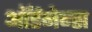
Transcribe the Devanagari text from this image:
ऑर्डनेन्स